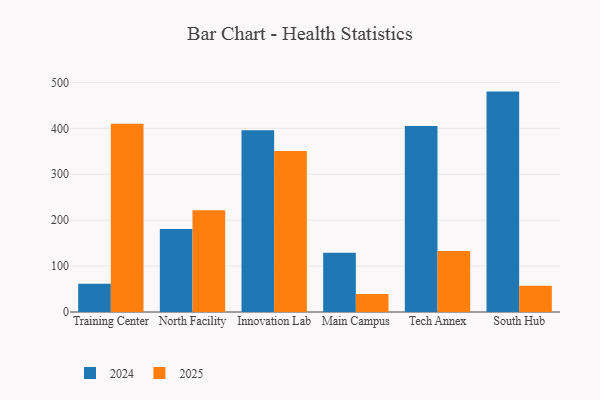
{"axis": {"x": "Campus", "y": "Churn Rate (%)"}, "legend": ["2024", "2025"], "data": [{"x": "Training Center", "y": 61.7, "type": "2024"}, {"x": "Training Center", "y": 410.3, "type": "2025"}, {"x": "North Facility", "y": 180.6, "type": "2024"}, {"x": "North Facility", "y": 221.8, "type": "2025"}, {"x": "Innovation Lab", "y": 396.1, "type": "2024"}, {"x": "Innovation Lab", "y": 350.9, "type": "2025"}, {"x": "Main Campus", "y": 128.8, "type": "2024"}, {"x": "Main Campus", "y": 39.2, "type": "2025"}, {"x": "Tech Annex", "y": 405.1, "type": "2024"}, {"x": "Tech Annex", "y": 132.9, "type": "2025"}, {"x": "South Hub", "y": 480.1, "type": "2024"}, {"x": "South Hub", "y": 57.0, "type": "2025"}]}